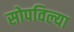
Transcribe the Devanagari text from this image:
सोपविल्या